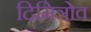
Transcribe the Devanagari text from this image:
दिमित्रोव